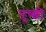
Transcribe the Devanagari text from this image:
पुच्छी